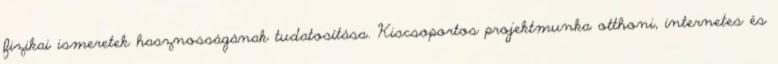
fizikai ismeretek hasznosságának tudatosítása. Kiscsoportos projektmunka otthoni, internetes és